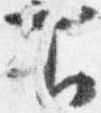
下